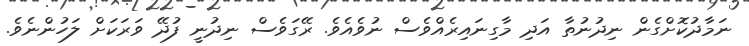
ނަމާދުކޮށްގެން ނިދުނުތާ އަދި މާގިނައިރެެއްވެސް ނުވެއެވެ. ރޭގަވެސް ނިދުނީ ފުދޭ ވަރަކަށް ލަހުންނެވެ.